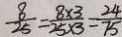
\frac { 8 } { 2 5 } = \frac { 8 \times 3 } { 2 5 \times 3 } = \frac { 2 4 } { 7 5 }